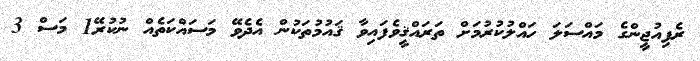
ރެފިއުޖީންގެ މައްސަލަ ހައްލުކުރުމަށް ތަރައްޤީވެފައިވާ ޤައުމުތަކުން އެދެވޭ މަސައްކަތެއް ނުކުރޭ1 މަސް 3